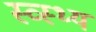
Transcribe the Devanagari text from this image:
स्व्स्थ्य